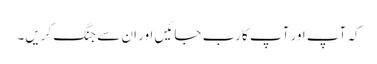
کہ آپ اور آپ کا رب جائیں اور ان سے جنگ کریں۔